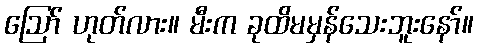
ဪ ဟုတ်လား။ မီးက ခုထိမမှန်သေးဘူးနော်။